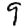
Digit: 9